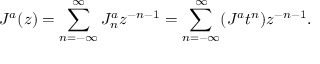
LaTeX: J ^ { a } ( z ) = \sum _ { n = - \infty } ^ { \infty } J _ { n } ^ { a } z ^ { - n - 1 } = \sum _ { n = - \infty } ^ { \infty } ( J ^ { a } t ^ { n } ) z ^ { - n - 1 } .